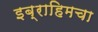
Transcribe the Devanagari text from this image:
इब्राहिमचा